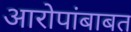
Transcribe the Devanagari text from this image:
आरोपांबाबत